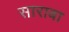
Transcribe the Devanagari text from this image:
साराबा